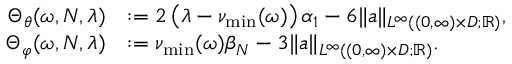
\begin{array} { r l } { \Theta _ { \theta } ( \omega , N , \lambda ) } & { : = 2 \left( \lambda - \nu _ { \operatorname* { m i n } } ( \omega ) \right) \alpha _ { 1 } - 6 \| a \| _ { L ^ { \infty } ( ( 0 , \infty ) \times D ; \mathbb { R } ) } , } \\ { \Theta _ { \varphi } ( \omega , N , \lambda ) } & { : = \nu _ { \operatorname* { m i n } } ( \omega ) \beta _ { N } - 3 \| a \| _ { L ^ { \infty } ( ( 0 , \infty ) \times D ; \mathbb { R } ) } . } \end{array}